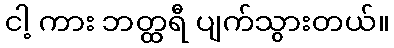
ငါ့ ကား ဘတ္ထရီ ပျက်သွားတယ်။